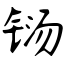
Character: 铴